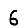
Digit: 6